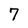
Character: 7